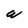
Character: W